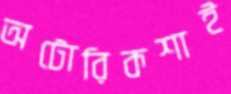
অটোরিকশাই